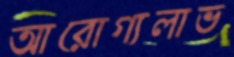
আরোগ্যলাভ